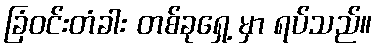
ခြံဝင်းတံခါး တစ်ခုရှေ့ မှာ ရပ်သည်။